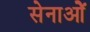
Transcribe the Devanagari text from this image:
सेनाओें